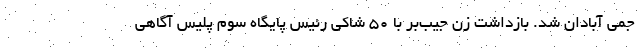
جمی آبادان شد. بازداشت زن جیب‌بر با ۵۰ شاکی رئیس پایگاه سوم پلیس آگاهی